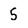
Character: 5